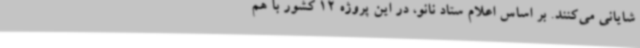
شایانی می‌کنند. بر اساس اعلام ستاد نانو، در این پروژه 12 کشور با هم